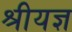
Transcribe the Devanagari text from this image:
श्रीयज्ञ